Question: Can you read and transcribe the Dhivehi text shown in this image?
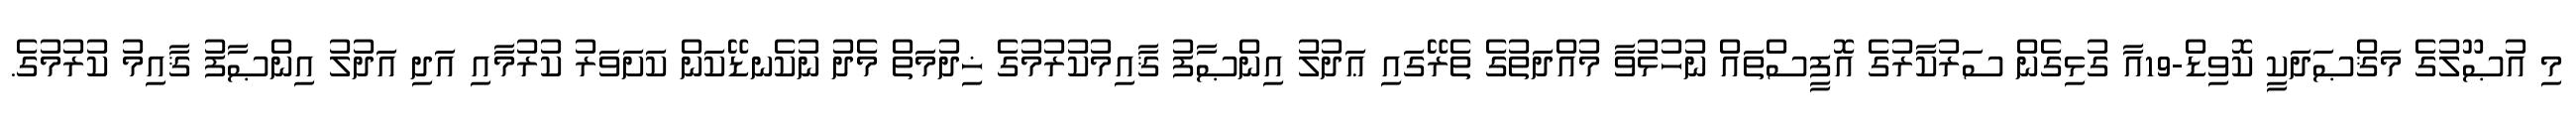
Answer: މި އުޞޫލުގެ މަޤްޞަދަކީ ކޮވިޑް-19އާ ގުޅިގެން ސަރުކާރުގެ އޮފީސްތައް ނުހުޅުވާ މުއްދަތުގެ ތެރޭގައި ޢަދުލު އިންޞާފު ޤާއިމުކުރުމުގެ ޚިދުމަތް މެދު ނުކެނޑޭކަން ކަށަވަރު ކުރުމާއި އަދި އަދުލު އިންޞާފު ޤާއިމު ކުރުމުގެ.